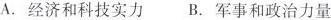
A.经济和科技实力 B.军事和政治力量